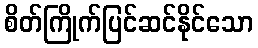
စိတ်ကြိုက်ပြင်ဆင်နိုင်သော